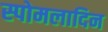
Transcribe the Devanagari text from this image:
स्पोमलादिन